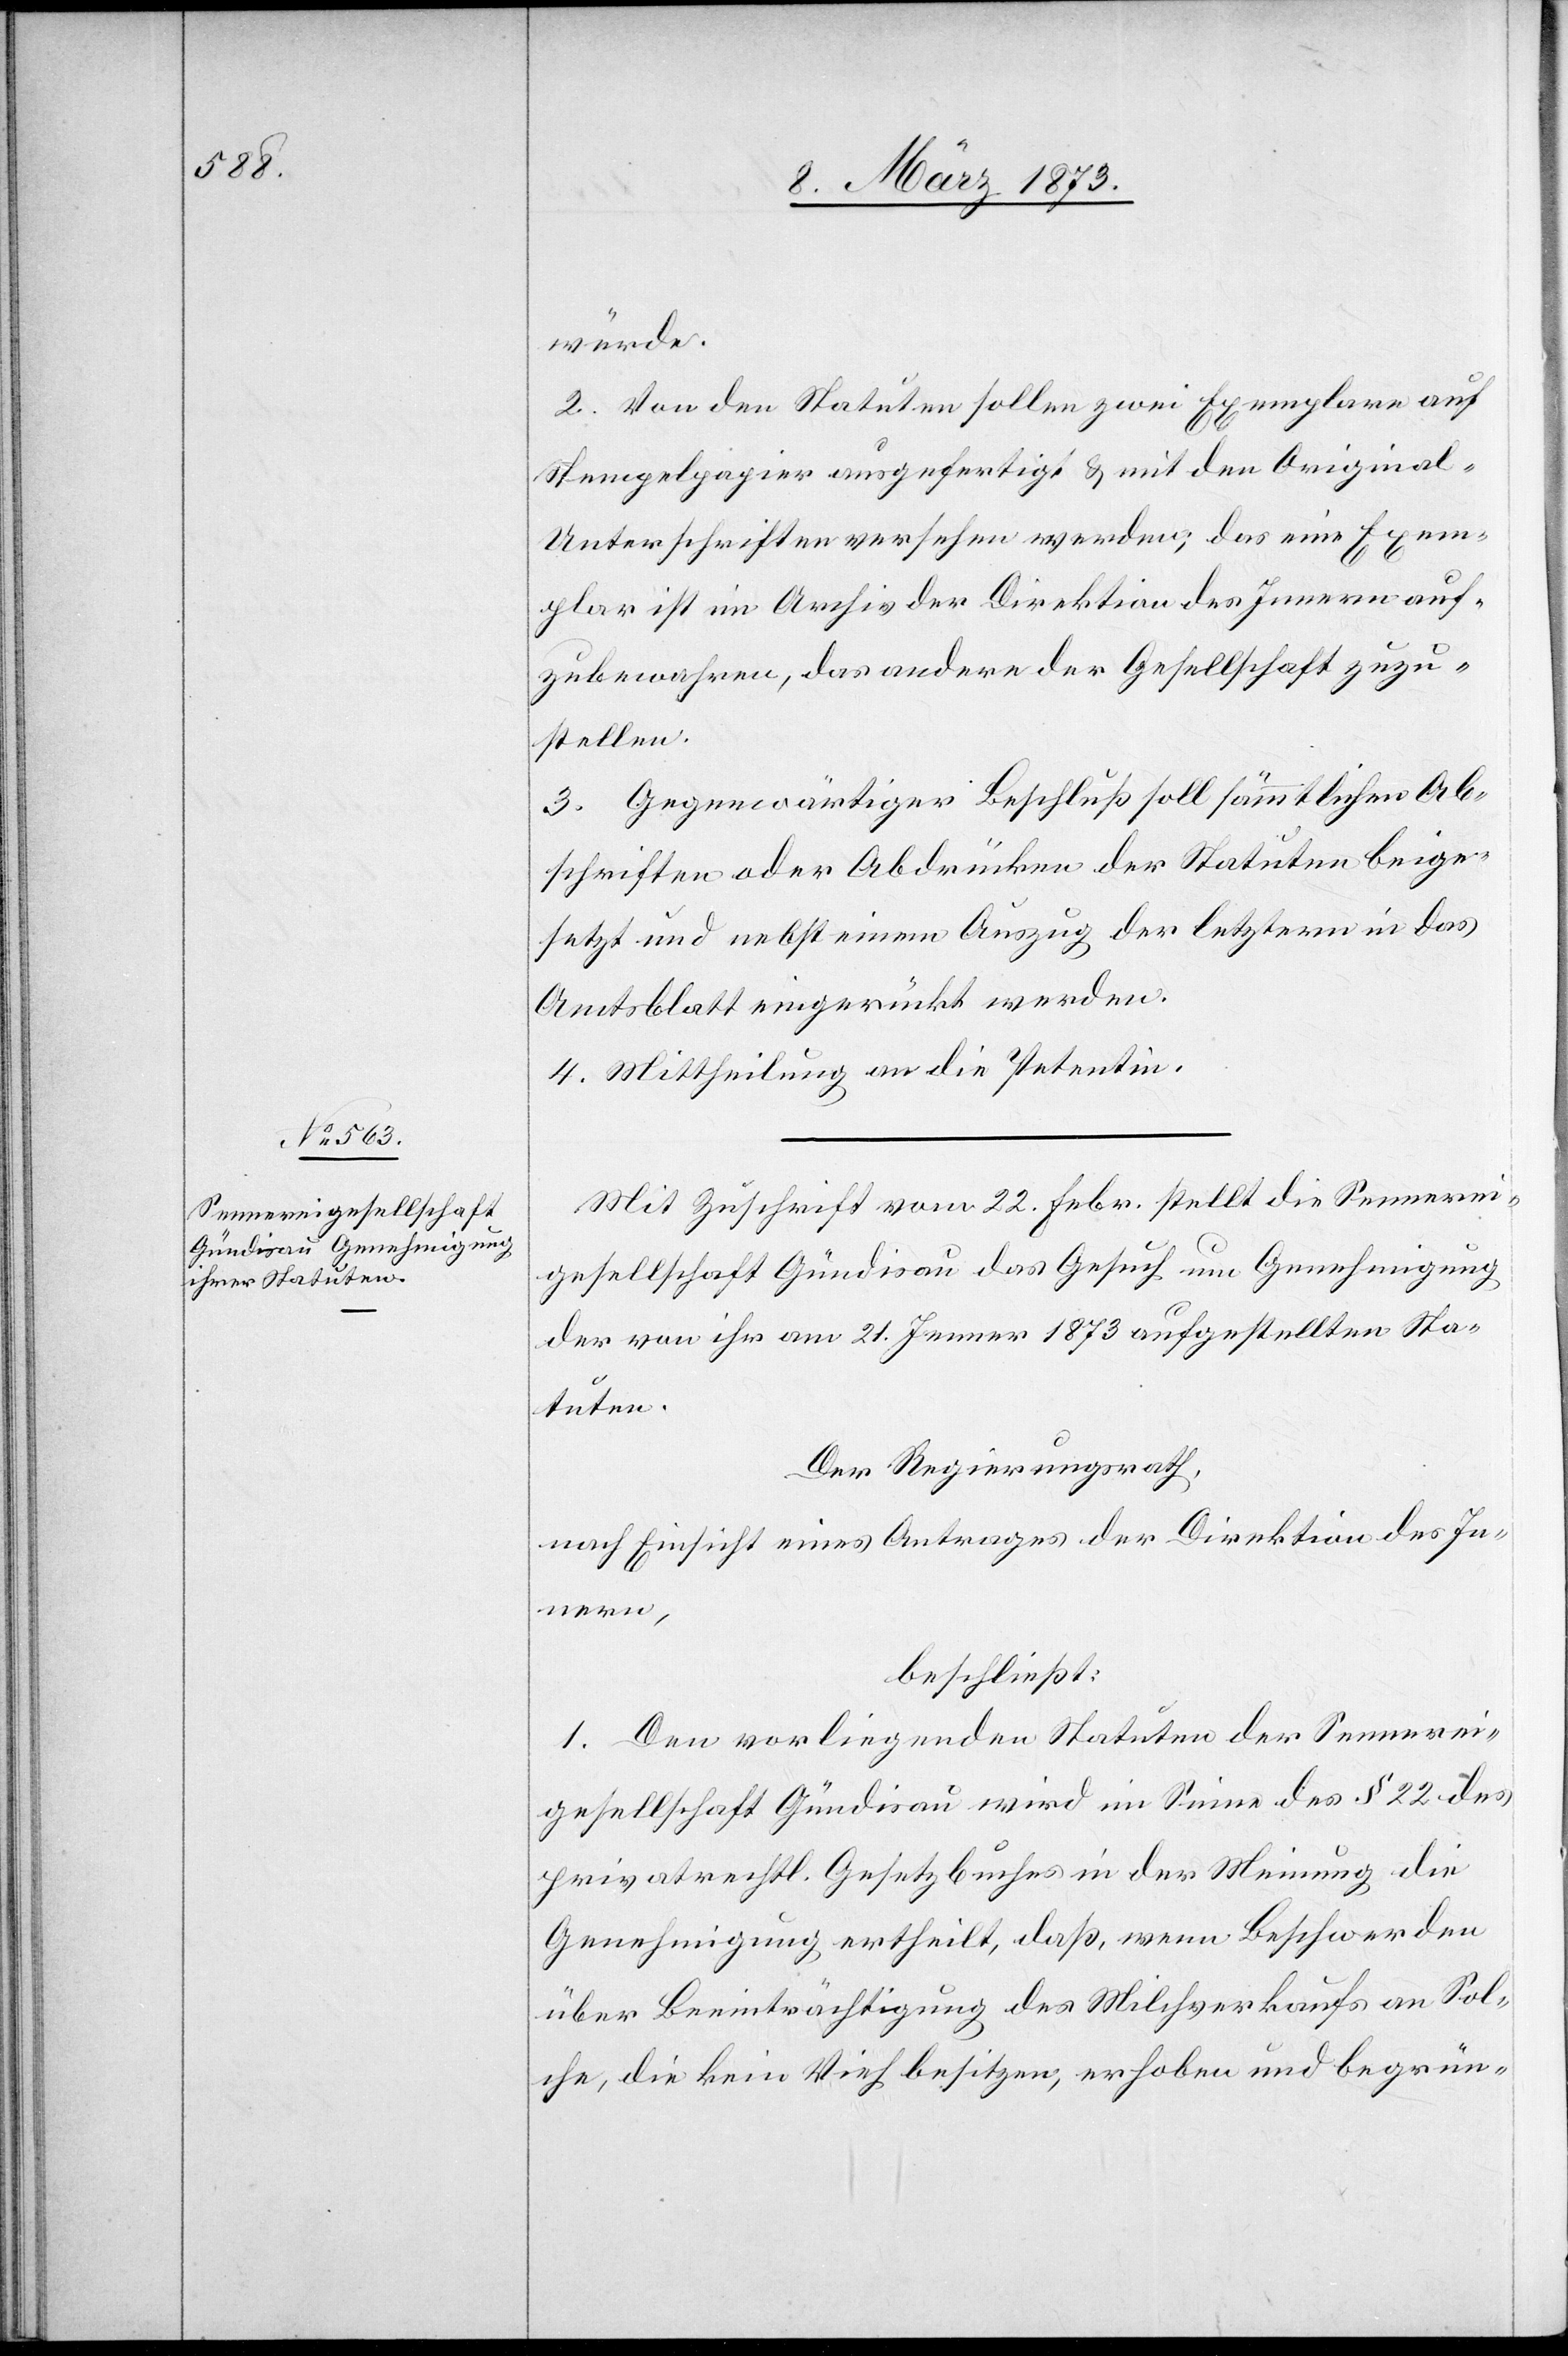
würde.
2. Von den Statuten sollen zwei Exemplare auf
Stempelpapier ausgefertigt u. mit den Original-U¬
nterschriften versehen werden; das eine Exem¬
plar ist im Archiv der Direktion des Innern auf¬
zubewahren, das andere der Gesellschaft zuzu¬
stellen.
3. Gegenwärtiger Beschluß soll sämmtlichen Ab¬
schriften oder Abdrücken der Statuten beige¬
setzt und nebst einem Auszug der letztern in das
Amtsblatt eingerückt werden.
4. Mittheilung an die Petentin.
Mit Zuschrift vom 22. Febr. stellt die Sennerei¬
gesellschaft Gündisau das Gesuch um Genehmigung
der von ihr am 21. Jenner 1873 aufgestellten Sta¬
tuen.
Der Regierungsrath,
nach Einsicht eines Antrages der Direktion des In¬
nern,
beschließt:
1. Den vorliegenden Statuten der Sennerei¬
gesellschaft Gündisau wird im Sinne des § 22 des
privatrechtl. Gesetzbuches in der Meinung die
Genehmigung ertheilt, daß, wenn Beschwerden
über Beeinträchtigung des Milchverkaufs an Sol¬
che, die kein Vieh besitzen, erhoben und begrün-